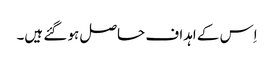
اِس کے اہداف حاصل ہو گئے ہیں۔